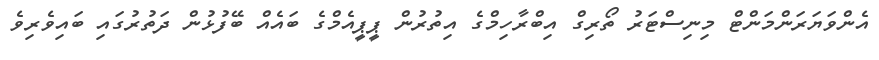
އެންވަޔަރަންމަންޓް މިނިސްޓަރު ތޯރިގް އިބްރާހިމްގެ އިތުރުން ޕީޕީއެމްގެ ބައެއް ބޭފުޅުން ދަތުރުގައި ބައިވެރިވެ